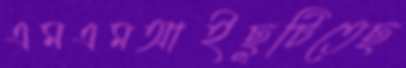
এমএমআইছুটিতেছ